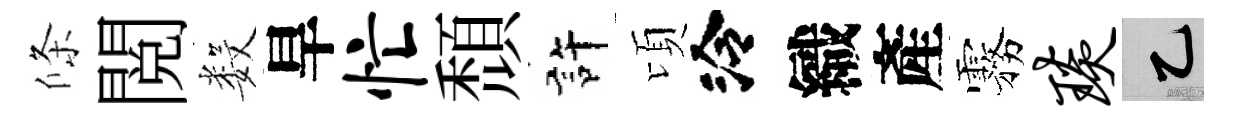
條閲数旱忙頹許頃泠織產霧琰乙